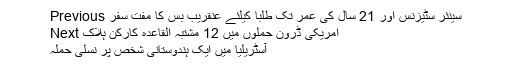
Previous سینئر سٹیزنس اور 21 سال کی عمر تک طلبا کیلئے عنقریب بس کا مفت سفر
Next امریکی ڈرون حملوں میں 12 مشتبہ القاعدہ کارکن ہلاک
آسٹریلیا میں ایک ہندوستانی شخص پر نسلی حملہ